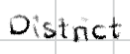
Text: District
Cross-out: clean
Writing tool: digital_black